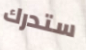
ستدرك